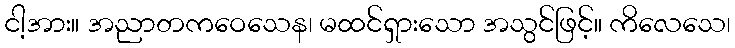
ငါ့အား။ အညာတကဝေသေန၊ မထင်ရှားသော အသွင်ဖြင့်။ ကိလေသေ၊